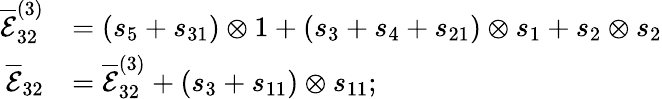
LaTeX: \begin{array}{rl}{\overline{{\mathcal{E}}}_{32}^{(3)}}&{=(s_{5}+s_{31})\otimes 1+(s_{3}+s_{4}+s_{21})\otimes s_{1}+s_{2}\otimes s_{2}}\\ {\overline{{\mathcal{E}}}_{32}}&{=\overline{{\mathcal{E}}}_{32}^{(3)}+(s_{3}+s_{11})\otimes s_{11};}\end{array}